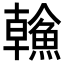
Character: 𩹼